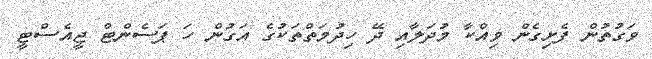
ވަގުތުން ފެށިގެން ވިއްކާ މުދަލާއި ދޭ ހިދުމަތްތަކުގެ އަގުން ހަ ޕަސެންޓް ޖީއެސްޓީ